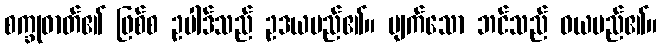
စက္ခုဓာတ်၏ ဖြစ်စ ဥပါဒ်သည် ဥဒယမည်၏။ ပျက်သော ဘင်သည် ဝယမည်၏။